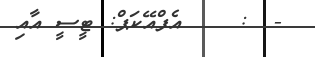
-  :    އެފްއޭކަޕް: ޓީސީ އާއި